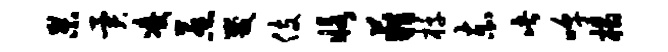
杲异凌惹咒伎恪籍椁赤此嗥榻